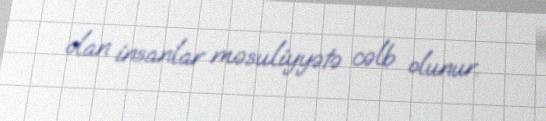
olan insanlar məsuliyyətə cəlb olunur.